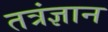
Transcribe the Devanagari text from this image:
तत्रंज्ञान